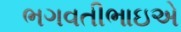
ભગવતીભાઇએ